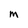
Character: m